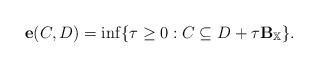
LaTeX: \begin{align*} \mathbf{e}(C,D)=\inf\{\tau\geq 0: C\subseteq D+\tau \mathbf{B}_\mathbb{X}\}.\end{align*}